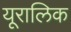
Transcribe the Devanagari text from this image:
यूरालिक